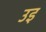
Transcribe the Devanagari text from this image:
उइ